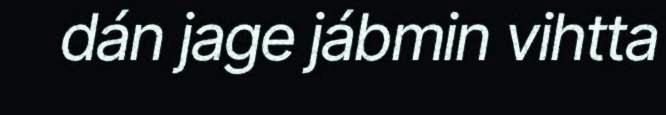
dán jage jábmin vihtta